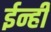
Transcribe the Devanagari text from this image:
ईन्ही